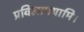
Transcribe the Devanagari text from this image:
प्रविलापयामि।